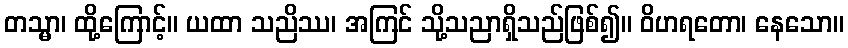
တသ္မာ၊ ထို့ကြောင့်။ ယထာ သညိဿ၊ အကြင် သို့သညာရှိသည်ဖြစ်၍။ ဝိဟရတော၊ နေသော။